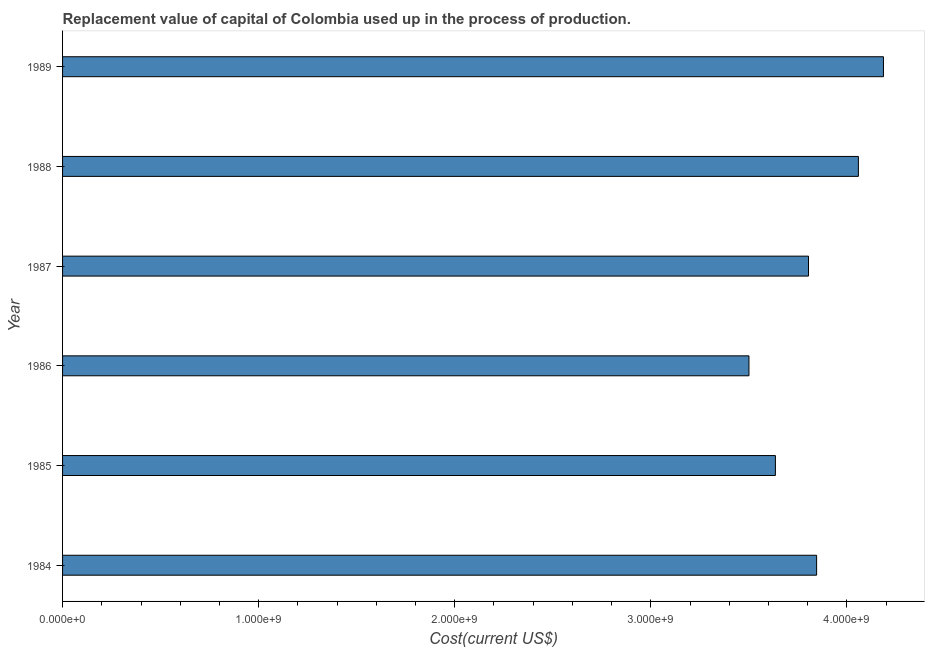
| Year | Consumption of fixed capital |
 | --- | --- |
 | 1984 | 3.85e+09 |
 | 1985 | 3.64e+09 |
 | 1986 | 3.5e+09 |
 | 1987 | 3.8e+09 |
 | 1988 | 4.06e+09 |
 | 1989 | 4.19e+09 |